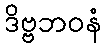
ဒိဗ္ဗဘဝနံ